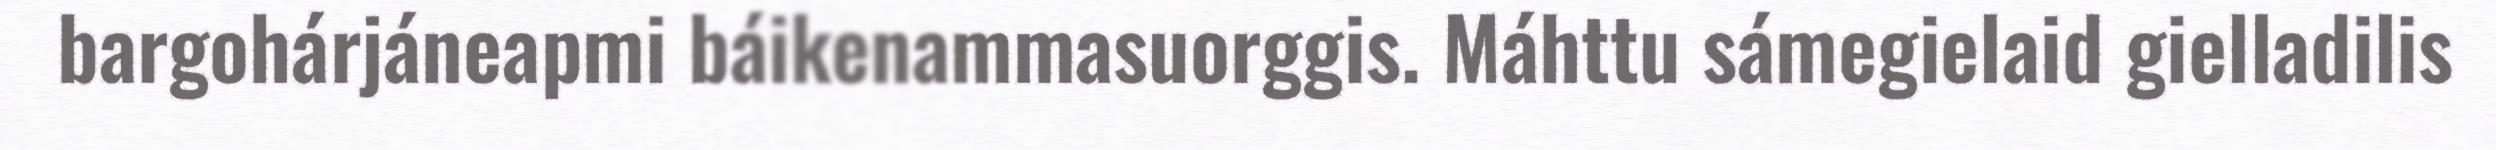
bargohárjáneapmi báikenammasuorggis. Máhttu sámegielaid gielladilis